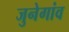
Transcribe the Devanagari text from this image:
जुनेगांव